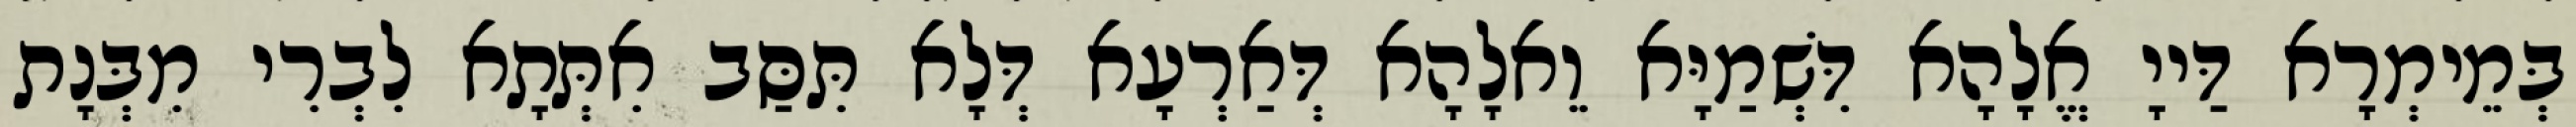
בְּמֵימְרָא דַּייָ אֱלָהָא דִּשְׁמַיָּא וֵאלָהָא דְּאַרְעָא דְּלָא תִּסַּב אִתְּתָא לִבְרִי מִבְּנָת